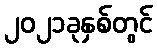
၂၀၂၁ခုနှစ်တွင်